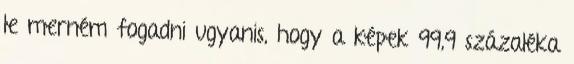
le merném fogadni ugyanis, hogy a képek 99,9 százaléka